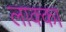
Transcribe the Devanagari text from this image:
लाक्का